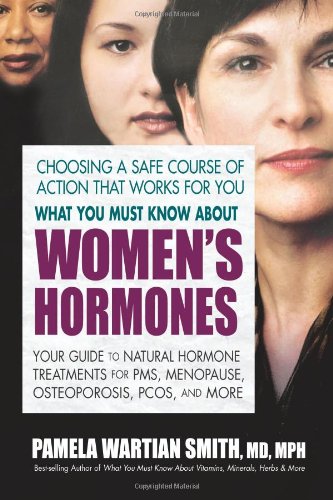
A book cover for What You Must Know About Women's Hormones: Your Guide to Natural Hormone Treatments for PMS, Menopause, Osteoporis, PCOS, and More; Pamela Wartian Smith; Health, Fitness & Dieting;